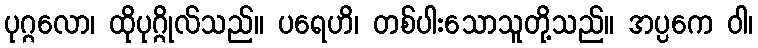
ပုဂ္ဂလော၊ ထိုပုဂ္ဂိုလ်သည်။ ပရေဟိ၊ တစ်ပါးသောသူတို့သည်။ အပ္ပကေ ဝါ၊